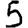
Digit: 5